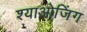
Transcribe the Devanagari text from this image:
श्याओजिंग